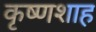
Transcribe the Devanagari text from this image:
कृष्णशाह